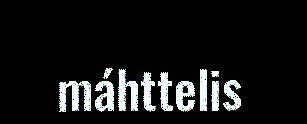
máhttelis